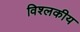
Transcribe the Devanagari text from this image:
विश्लकीय